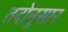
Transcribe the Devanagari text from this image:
तदोनुसार